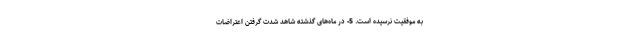
به موفقیت نرسیده است. 5- در ماه‌های گذشته شاهد شدت گرفتن اعتراضات